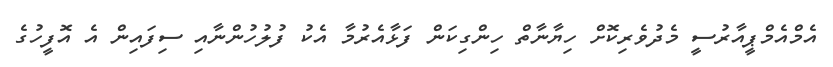
އެމްއެމްޕީއާރުސީ މެދުވެރިކޮށް ހިޔާނާތް ހިންގިކަން ފަޅާއެރުމާ އެކު ފުލުހުންނާއި ސިފައިން އެ އޮފީހުގެ